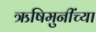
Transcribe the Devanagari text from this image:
ऋषिमुनींच्या